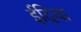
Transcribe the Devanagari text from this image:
ईदिया